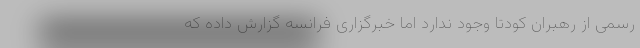
رسمی از رهبران کودتا وجود ندارد اما خبرگزاری فرانسه گزارش داده که